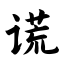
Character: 谎